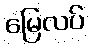
မြေလပ်